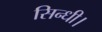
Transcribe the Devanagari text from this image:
सिन्धी।